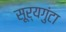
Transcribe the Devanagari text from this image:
सूर्यगुंटा